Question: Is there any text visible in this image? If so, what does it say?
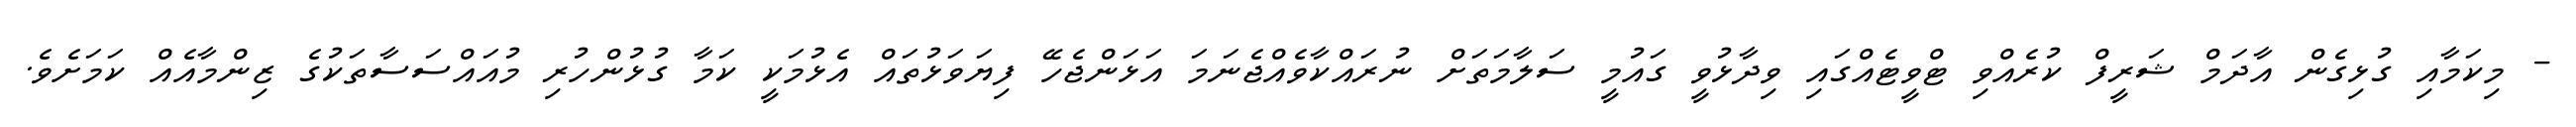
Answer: - މިކަމާއި ގުޅިގެން އާދަމް ޝަރީފް ކުރެއްވި ޓްވީޓެއްގައި ވިދާޅުވީ ގައުމީ ސަލާމަތަށް ނުރައްކާވެއްޖެނަމަ އަޅަންޖެހޭ ފިޔަވަޅުތައް އެޅުމަކީ ކަމާ ގުޅުންހުރި މުއައްސަސާތަކުގެ ޒިންމާއެއް ކަމަށެވެ.